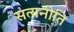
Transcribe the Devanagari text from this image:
सत्यनीति